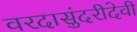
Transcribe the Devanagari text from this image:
वरदासुंदरीदेवी